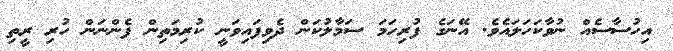
އިހުސާސެއް ނުވާކަހަލައެވެ. އޭނަގެ ފުރިހަމަ ސަމާލުކަން ދެވިފައިވަނީ ކުރިމަތިން ފެންނަން ހުރި ރީތި